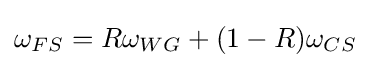
\omega _{FS}=R\omega _{WG}+(1-R)\omega _{CS}